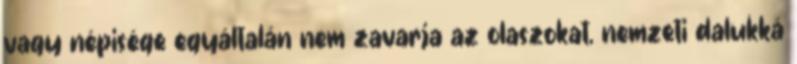
vagy népisége egyáltalán nem zavarja az olaszokat, nemzeti dalukká